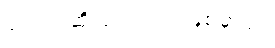
ပုလင်းဆို ပုလင်းပဲ ဖြစ်မှာပါ။